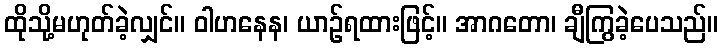
ထိုသို့မဟုတ်ခဲ့လျှင်။ ဝါဟနေန၊ ယာဉ်ရထားဖြင့်။ အာဂတော၊ ချီကြွခဲ့ပေသည်။